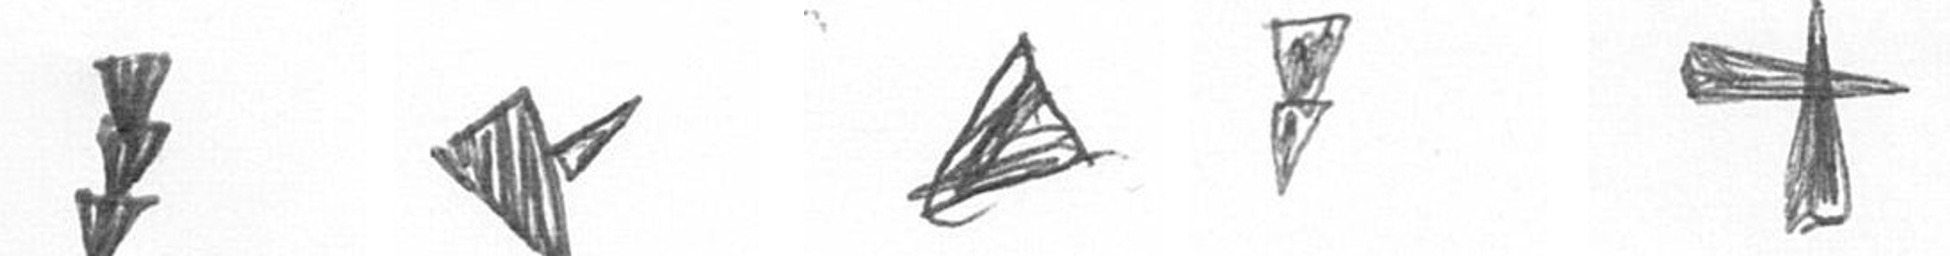
E F O Z G